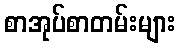
စာအုပ်စာတမ်းများ